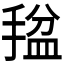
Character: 𫽡